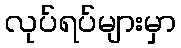
လုပ်ရပ်များမှာ